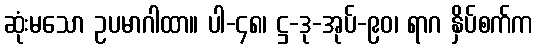
ဆုံးမသော ဥပမာဂါထာ။ ပါ-၄၈၊ ဋ္ဌ-ဒု-အုပ်-၉၀၊ ရာဂ နှိပ်စက်က